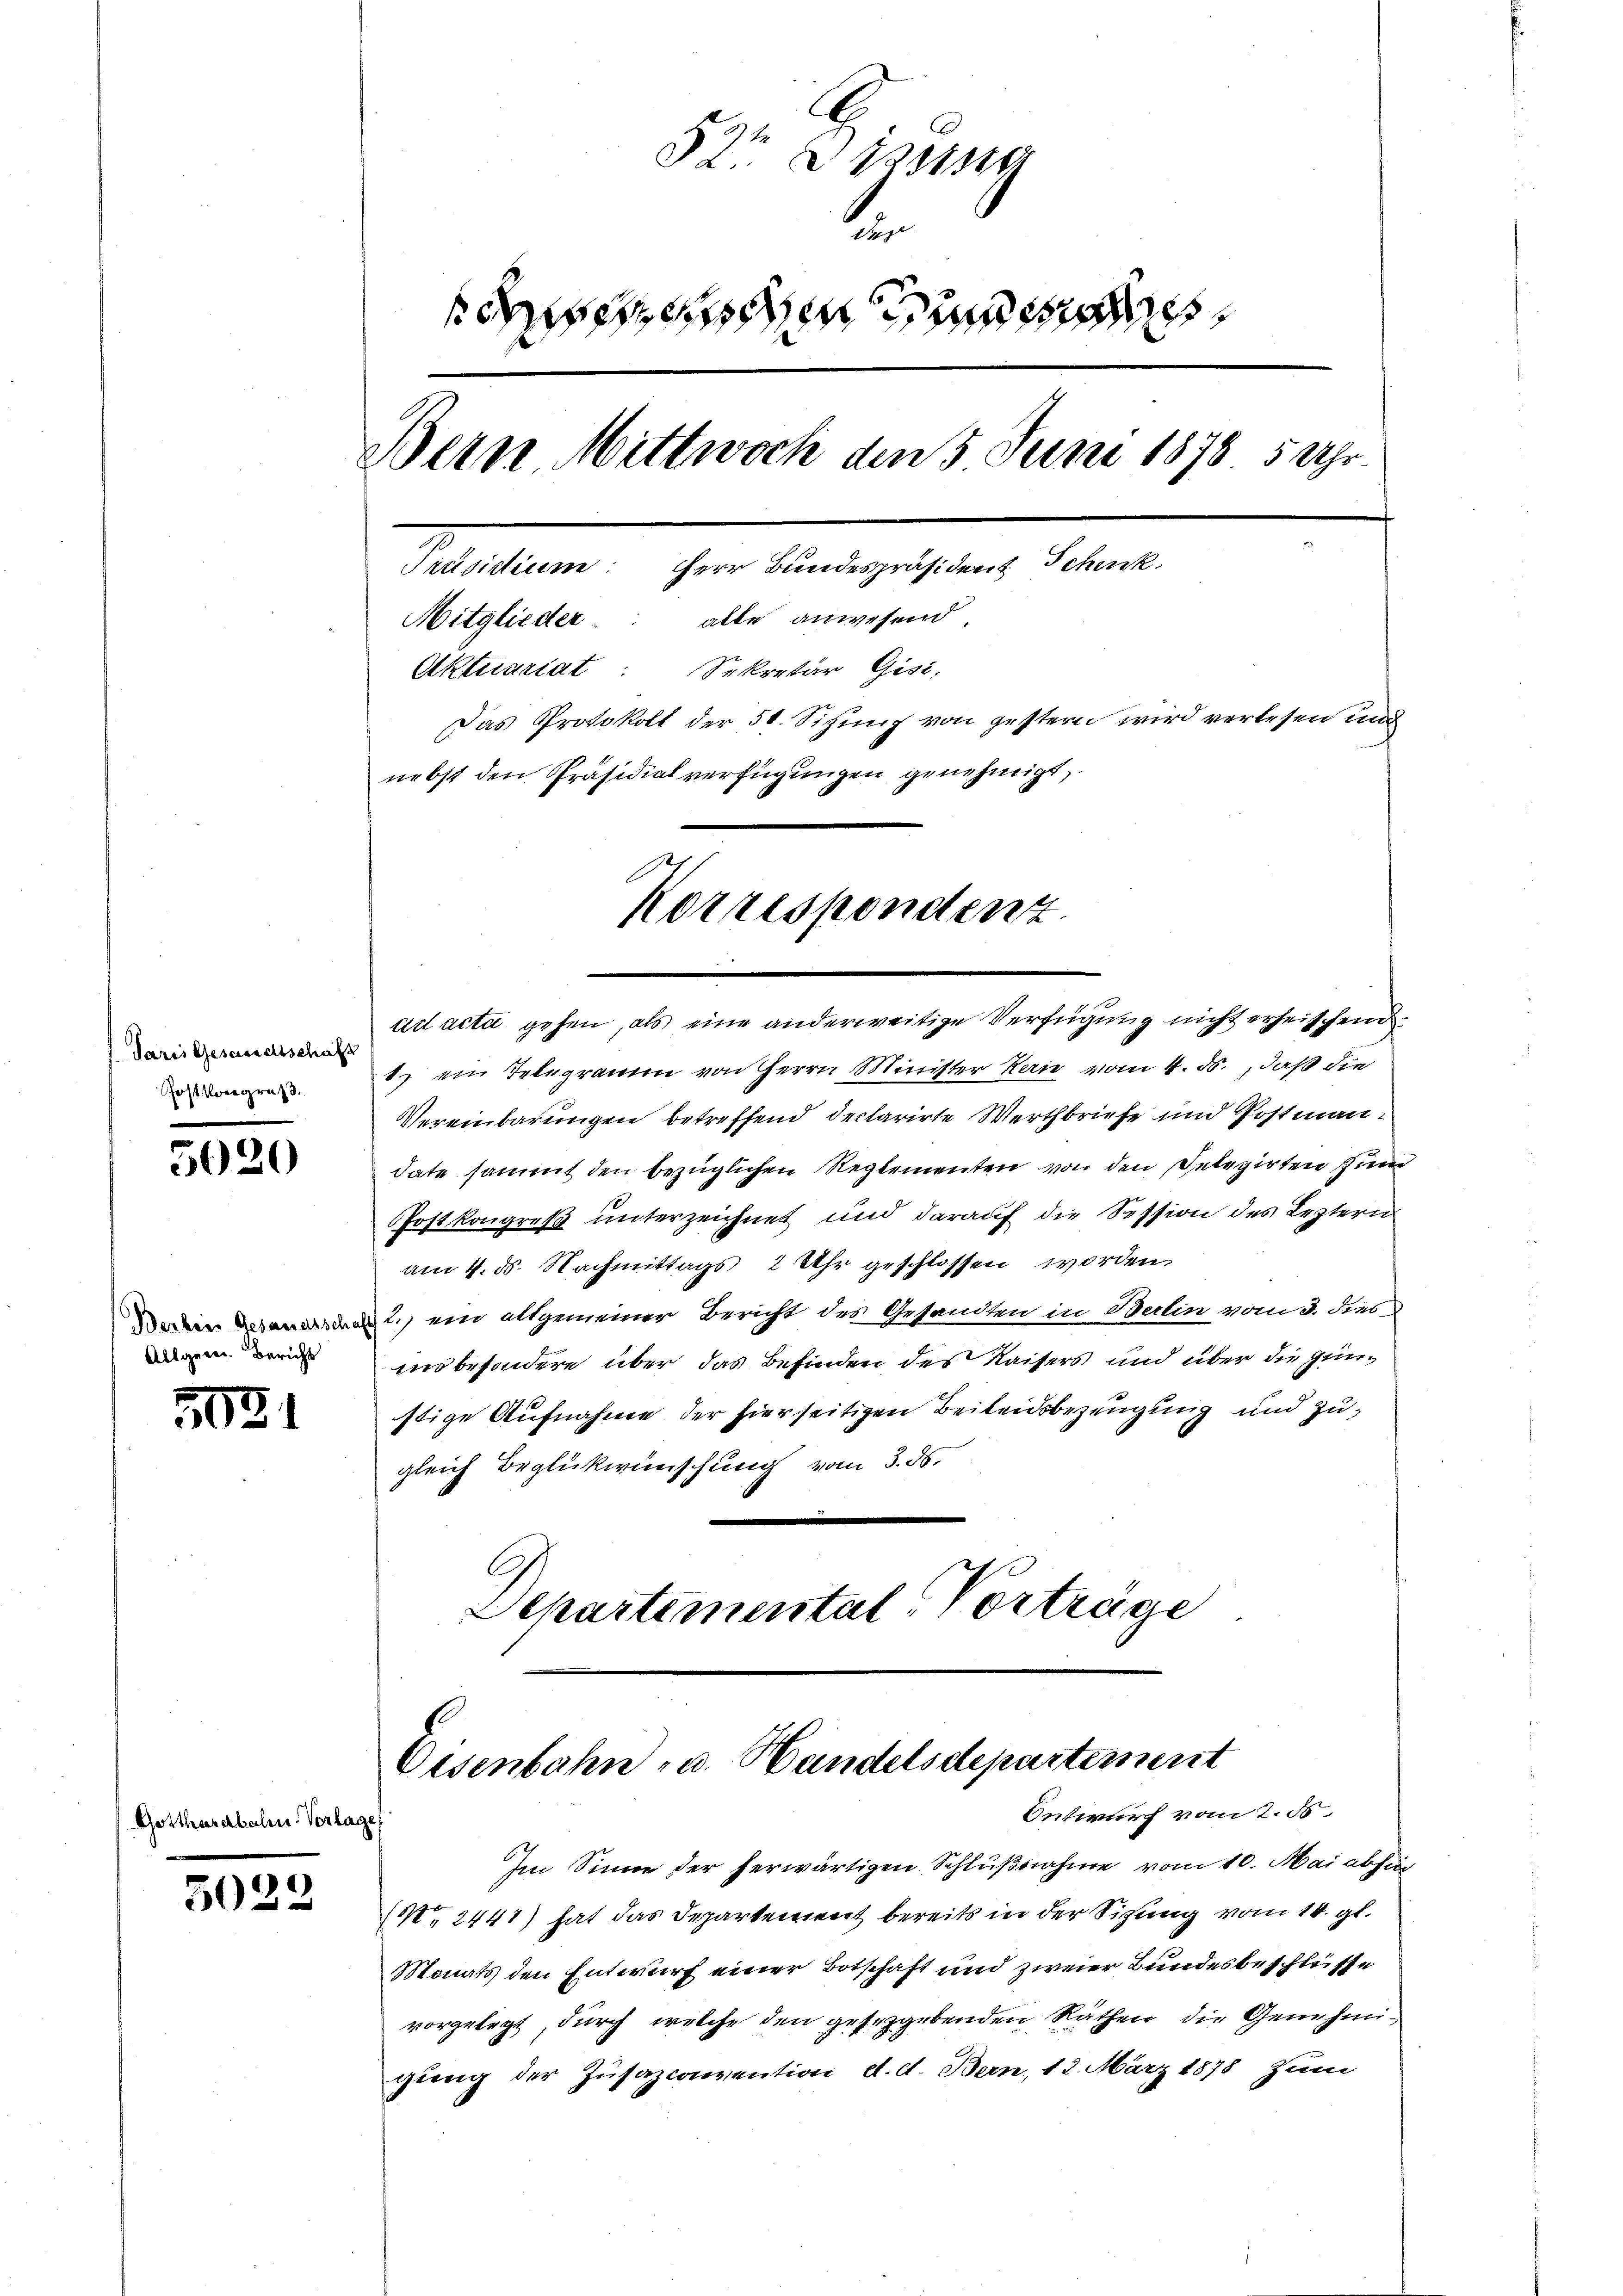
Paris Gesandtschaft
Postkongrus

Gotter

5020

Berbeis Gesandtsche
Allgerei. Bericht

3031

3033

arerbali. Vorlage

52t diesen
.
scenden und
Bern Mittwoch den 5 Juni 1878 5 Uhr¬
Präsidium: Herr Bundespräsident Schenk.
Mitglieder: alle anwesend.
Aktuariat: Sekretär Gisi-
Das Protokoll der 50. Sitzung von gestern wird verlesen und
nebst den Präsidialverfügungen genehmigt
Korrespondenz

ad acta gehen, als eine anderweitige Verfügung nicht erheischend.
1) ein Telegramm von Herrn Minister Kern vom 4. ds., daß die
Vereinbarungen betreffend declarirte Werthbriefe und Postmandate sammt den bezüglichen Reglementen von den Peterirten zum
Postkongreß unterzeichnet und darauf die Session des Leztern
am 4. ds. Nachmittags 2 Uhr geschlossen worden.
2.) ein allgemeiner Bericht des Gesandten in Berlin vom 3. dies
uns besondere über das Befinden des Kaisers und über die Grünstige Aufnahme der hierseitigen Beileidsbezeugung und Zugleich Beglückwünschung vom 3. ds.
Departemental Vorträge

Eisenbahn- u. Handelsdepartement
Ontwurf vom 2. d.
Im Sinne der herwärtigen Schlŭβnahme vom 10. Mai abfin

(Nr. 2447) hat das Departement bereits in der Sitzung vom 14. gl.
Monats den Entwurf einer Botschaft und zweier Bundesbeschlüsse
vorgelegt durch welche den gesegebenden Räthen, die Genehmigieng der Zusazconvention d. d. Bern, 12. März 1878 zum